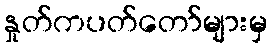
နှုတ်ကပတ်တော်များမှ